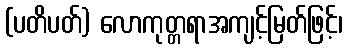
(ပတိပတ်) လောကုတ္တရာအကျင့်မြတ်ဖြင့်၊